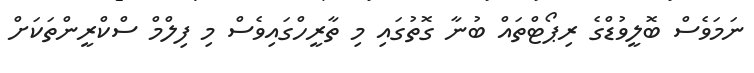
ނަމަވެސް ބޮލީވުޑްގެ ރިޕޯޓްތައް ބުނާ ގޮތުގައި މި ތާރީހްގައިވެސް މި ފިލްމް ސްކްރީންތަކަށް